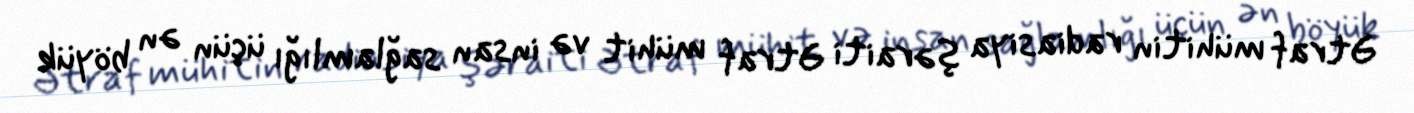
Ətraf mühitin radiasiya şəraiti Ətraf mühit və insan sağlamlığı üçün ən böyük